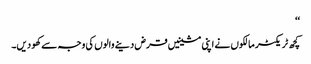
‘‘
کچھ ٹریکٹر مالکوں نے اپنی مشینیں قرض دینے والوں کی وجہ سے کھو دیں۔